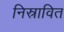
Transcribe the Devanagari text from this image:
निस्रावित